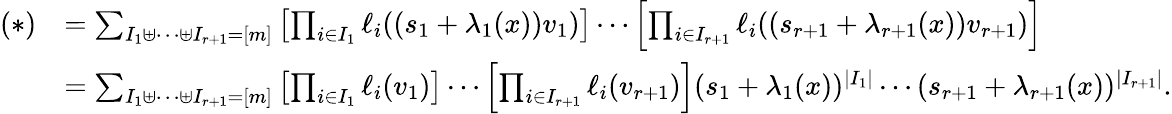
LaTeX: \begin{array}{rl}{(*)}&{=\sum_{\substack{I_{1}\uplus\cdots\uplus I_{r+1}=[m]}}\left[\prod_{i\in I_{1}}\ell_{i}((s_{1}+\lambda_{1}(x))v_{1})\right]\cdots\left[\prod_{i\in I_{r+1}}\ell_{i}((s_{r+1}+\lambda_{r+1}(x))v_{r+1})\right]}\\ &{=\sum_{\substack{I_{1}\uplus\cdots\uplus I_{r+1}=[m]}}\left[\prod_{i\in I_{1}}\ell_{i}(v_{1})\right]\cdots\left[\prod_{i\in I_{r+1}}\ell_{i}(v_{r+1})\right](s_{1}+\lambda_{1}(x))^{|I_{1}|}\cdots(s_{r+1}+\lambda_{r+1}(x))^{|I_{r+1}|}.}\end{array}